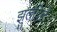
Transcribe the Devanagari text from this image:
झुलविलें